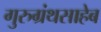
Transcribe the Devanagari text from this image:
गुरुग्रंथसाहेब